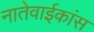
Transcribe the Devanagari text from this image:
नातेवाईकांस